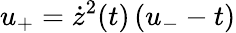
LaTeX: u_{+}=\dot{z}^{2}(t)\left(u_{-}-t\right)